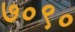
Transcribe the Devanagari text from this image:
७०९०